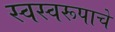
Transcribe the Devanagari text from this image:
स्वस्वरूपाचे